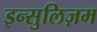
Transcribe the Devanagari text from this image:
इन्सुलिज़म